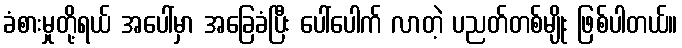
ခံစားမှုတို့ရယ် အပေါ်မှာ အခြေခံပြီး ပေါ်ပေါက် လာတဲ့ ပညတ်တစ်မျိုး ဖြစ်ပါတယ်။